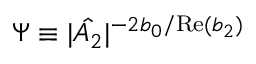
\Psi \equiv | \hat { A _ { 2 } } | ^ { - 2 b _ { 0 } / \mathrm { R e } ( b _ { 2 } ) }